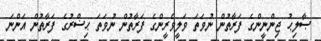
ޞާލިޙު ޖިންނީންގެ ފަރާތުން ނުވަތަ ވަލީވެރީންގެ ފަރާތުން ނުވަތަ ޙިޟްރުގެ ފަރާތުން އަންނަ